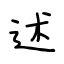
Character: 述